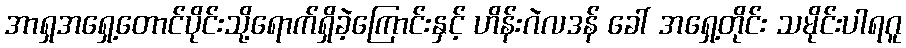
အာရှအရှေ့တောင်ပိုင်းသို့ရောက်ရှိခဲ့ကြောင်းနှင့် ဟိန်းဂဲလဒန် ခေါ် အရှေ့တိုင်း သမိုင်းပါရဂူ